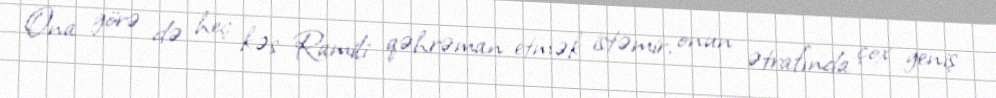
Ona görə də heç kəs Ramili qəhrəman etmək istəmir, onun ətrafında çox geniş